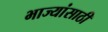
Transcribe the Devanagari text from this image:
भाज्यांसाठी